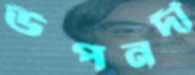
উপনদী